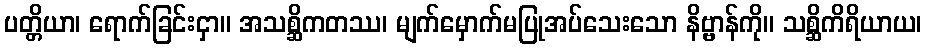
ပတ္တိယာ၊ ရောက်ခြင်းငှာ။ အသစ္ဆိကတဿ၊ မျက်မှောက်မပြုအပ်သေးသော နိဗ္ဗာန်ကို။ သစ္ဆိကိရိယာယ၊